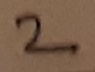
Text: 2